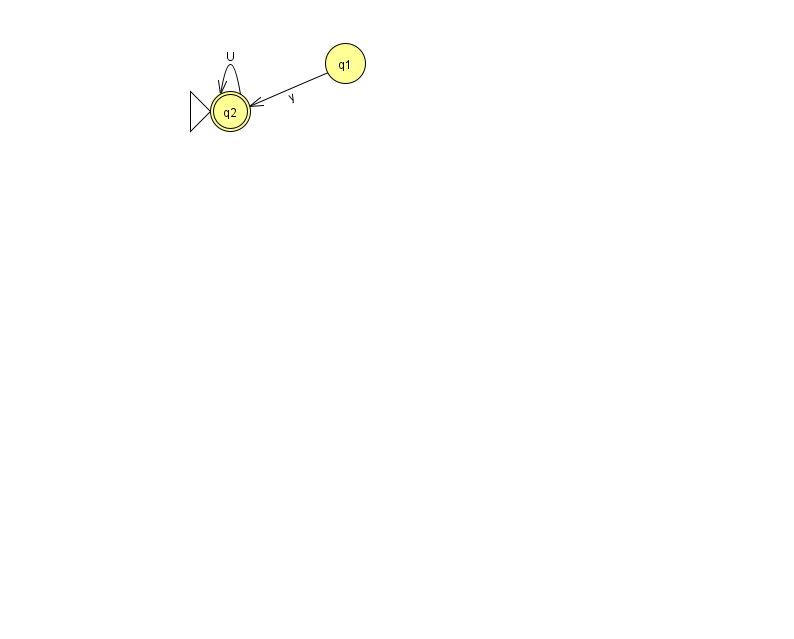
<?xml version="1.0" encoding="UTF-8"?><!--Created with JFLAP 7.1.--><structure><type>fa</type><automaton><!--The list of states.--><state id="1" name="q1"><x>345.0</x><y>50.0</y></state><state id="2" name="q2"><x>230.0</x><y>98.0</y><initial/><final/></state><!--The list of transitions.--><transition><from>2</from><to>2</to><read>U</read></transition><transition><from>1</from><to>2</to><read>y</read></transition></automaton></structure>